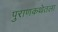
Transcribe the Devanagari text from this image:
पुराणकथेतला